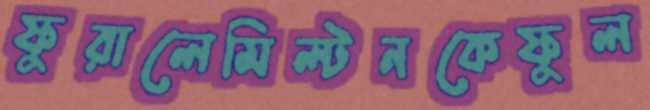
ফুরালেমিল্টনকেফুল